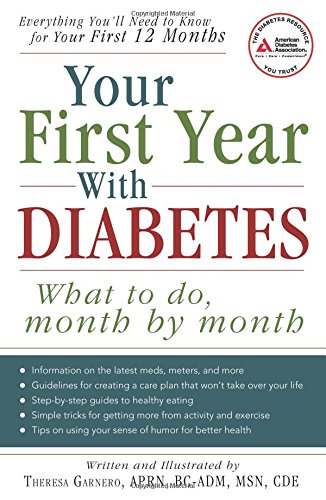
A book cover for Your First Year with Diabetes: What To Do, Month by Month; Theresa Garnero; Health, Fitness & Dieting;